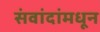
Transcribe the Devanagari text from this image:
संवांदांमधून